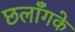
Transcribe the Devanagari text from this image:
छलाँगके